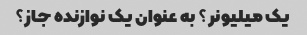
یک میلیونر؟ به عنوان یک نوازنده جاز؟